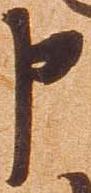
申